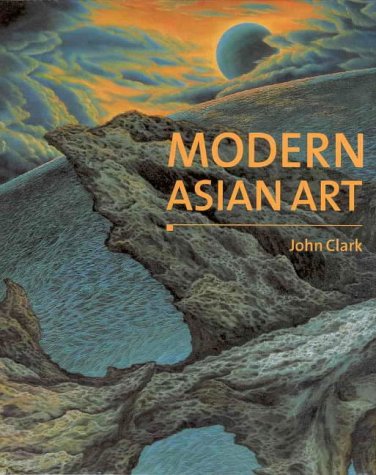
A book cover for Modern Asian Art (Art & Asia Pacific Book); Fine Art Publishing; Crafts, Hobbies & Home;